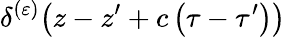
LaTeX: \delta^{(\varepsilon)}\! \left(z-z^{\prime}+c\left(\tau-\tau^{\prime}\right)\right)